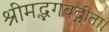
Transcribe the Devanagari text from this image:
श्रीमद्भगवद्गीता।